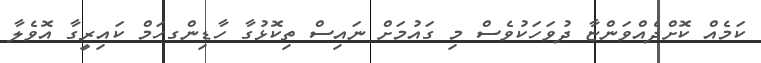
ކަމެއް ކޮށްދެއްވަންޏާ ދުވަހަކުވެސް މި ގައުމަށް ނައިސް ތިކޮޅުގާ ހާޑިންގހަމް ކައިރީގާ އޮވެލާ